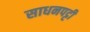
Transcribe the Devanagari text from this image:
साधनपट्टी